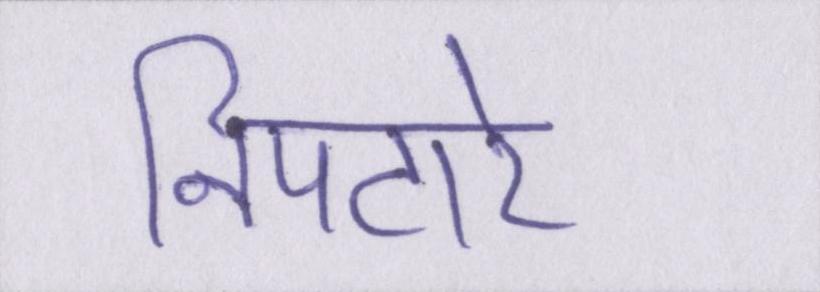
निपटारे